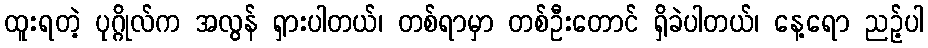
ထူးရတဲ့ ပုဂ္ဂိုလ်က အလွန် ရှားပါတယ်၊ တစ်ရာမှာ တစ်ဦးတောင် ရှိခဲပါတယ်၊ နေ့ရော ညဉ့်ပါ